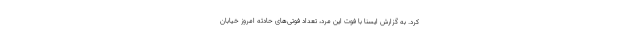
کرد. به گزارش ایسنا با فوت این مرد، تعداد فوتی‌های حادثه امروز خیابان